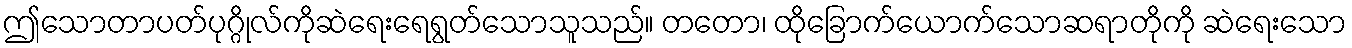
ဤသောတာပတ်ပုဂ္ဂိုလ်ကိုဆဲရေးရေရွတ်သောသူသည်။ တတော၊ ထိုခြောက်ယောက်သောဆရာတိုကို ဆဲရေးသော